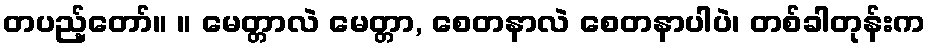
တပည့်တော်။ ။ မေတ္တာလဲ မေတ္တာ, စေတနာလဲ စေတနာပါပဲ၊ တစ်ခါတုန်းက